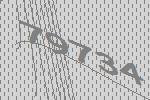
79734